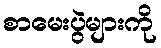
စာမေးပွဲများကို